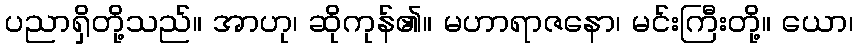
ပညာရှိတို့သည်။ အာဟု၊ ဆိုကုန်၏။ မဟာရာဇနော၊ မင်းကြီးတို့။ ယော၊